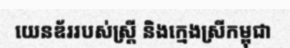
យេនឌ័ររបស់ស្ត្រី និងក្មេងស្រីកម្ពុជា